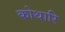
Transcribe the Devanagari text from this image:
कोथारि